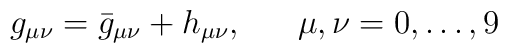
g_{\mu\nu} = {\bar g}_{\mu\nu} + h_{\mu\nu},~~~~~ \mu,\nu=0,\dots,9